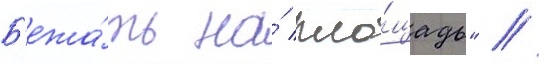
Б'ежа́ть на́ пло́щадь" //